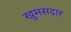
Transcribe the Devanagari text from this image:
खुमसदार